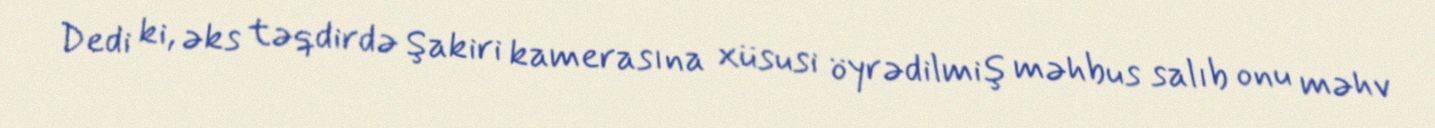
Dedi ki, əks təqdirdə Şakiri kamerasına xüsusi öyrədilmiş məhbus salıb onu məhv